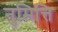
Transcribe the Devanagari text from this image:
नुमित्ति